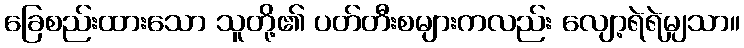
ခြေစည်းထားသော သူတို့၏ ပတ်တီးစများကလည်း လျော့ရဲရဲမျှသာ။